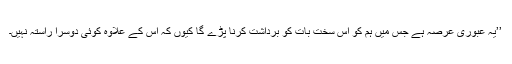
’’یہ عبوری عرصہ ہے جس میں ہم کو اس سخت بات کو برداشت کرنا پڑے گا کیوں کہ اس کے علاوہ کوئی دوسرا راستہ نہیں۔